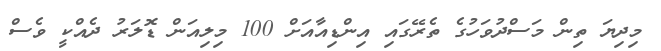
މިދިޔަ ތިން މަސްދުވަހުގެ ތެރޭގައި އިންޑިއާއަށް 100 މިލިއަން ޑޮލަރު ދެއްކީ ވެސް